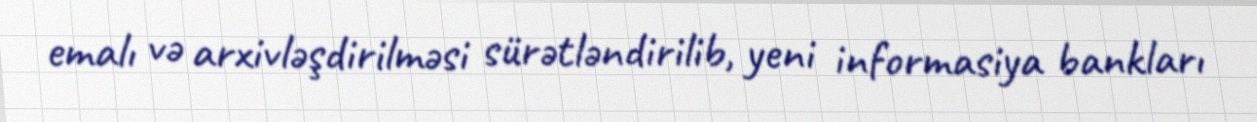
emalı və arxivləşdirilməsi sürətləndirilib, yeni informasiya bankları